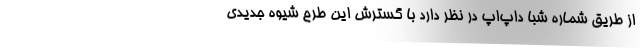
از طریق شماره شبا داپ‌اَپ در نظر دارد با گسترش این طرح شیوه جدیدی